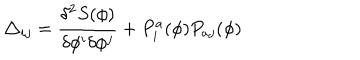
LaTeX: \triangle _ { i j } = \frac { \delta ^ { 2 } S ( \phi ) } { \delta \phi ^ { i } \delta \phi ^ { j } } + P _ { i } ^ { a } ( \phi ) P _ { a j } ( \phi )